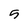
Character: 5